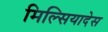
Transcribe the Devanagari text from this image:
मिल्सियादेस